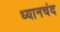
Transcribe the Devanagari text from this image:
ध्‍यानचंद